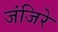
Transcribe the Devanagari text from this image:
जंजिरे